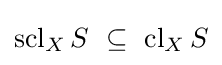
\operatorname {scl} _{X}S~\subseteq ~\operatorname {cl} _{X}S